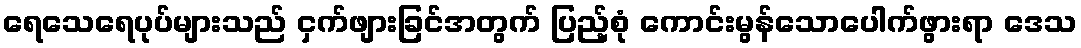
ရေသေရေပုပ်များသည် ငှက်ဖျားခြင်အတွက် ပြည့်စုံ ကောင်းမွန်သောပေါက်ဖွားရာ ဒေသ